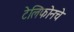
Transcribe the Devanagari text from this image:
टेलिफोनचे